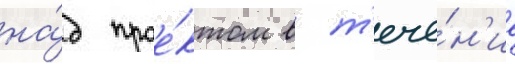
на́д прое́ктом в т'ече́н'ие